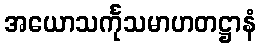
အယောသင်္ကုသမာဟတဋ္ဌာနံ